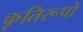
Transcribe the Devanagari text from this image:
कृतिरूपों